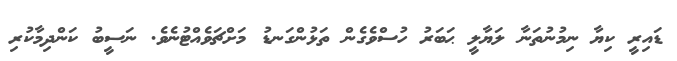
ޑައިރީ ކިޔާ ނިމުނުތަނާ ލަޔާލީ ޙަބަރު ހުސްވެގެން ތަޅުންގަނޑު މަށްޗަވެއްޓުނެވެ. ނަސީބު ކަންދިމާކުރި